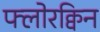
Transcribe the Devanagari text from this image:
फ्लोरक्विन